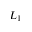
L _ { 1 }